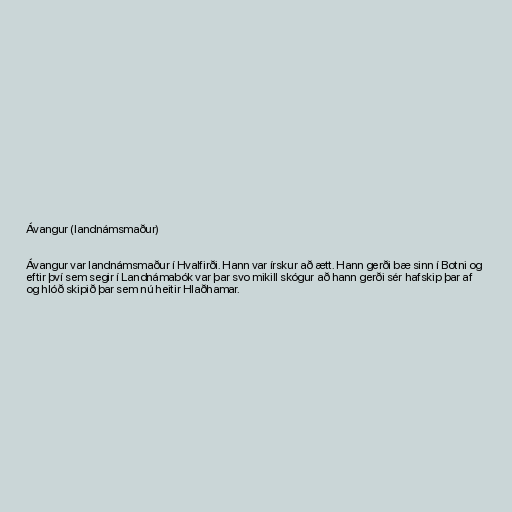
Ávangur (landnámsmaður)

Ávangur var landnámsmaður í Hvalfirði. Hann var írskur að ætt. Hann gerði bæ sinn í Botni og
eftir því sem segir í Landnámabók var þar svo mikill skógur að hann gerði sér hafskip þar af
og hlóð skipið þar sem nú heitir Hlaðhamar.